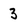
Character: 3